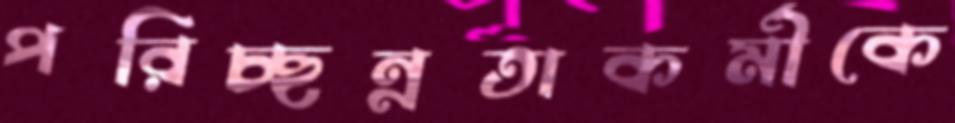
পরিচ্ছন্নতাকর্মীকে